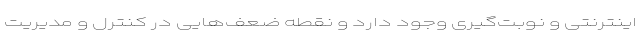
اینترنتی و نوبت‌گیری وجود دارد و نقطه ضعف‌هایی در کنترل و مدیریت